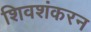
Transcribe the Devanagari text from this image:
शिवशंकरन